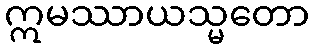
ဣမဿာယသ္မတော